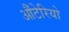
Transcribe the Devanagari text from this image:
औंटेरियो